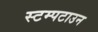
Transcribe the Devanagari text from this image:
स्टम्पटाउन